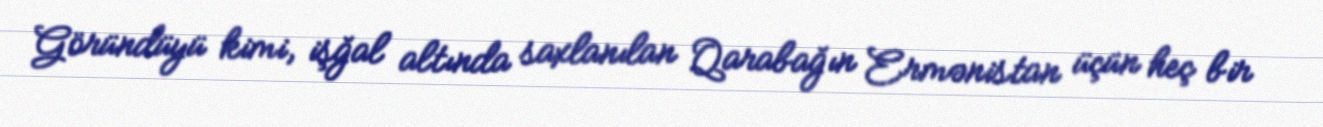
Göründüyü kimi, işğal altında saxlanılan Qarabağın Ermənistan üçün heç bir